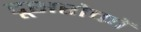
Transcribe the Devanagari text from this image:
दूसरोकों